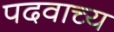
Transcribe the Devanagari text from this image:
पदवाच्य